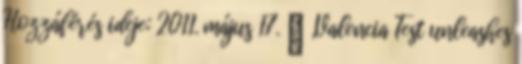
Hozzáférés ideje: 2011. május 17. ↑ „Valencia Test unleashes